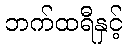
ဘက်ထရီနှင့်